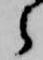
之